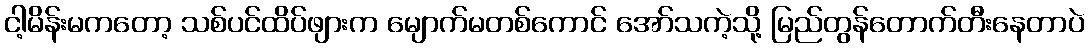
ငါ့မိန်းမကတော့ သစ်ပင်ထိပ်ဖျားက မျောက်မတစ်ကောင် အော်သကဲ့သို့ မြည်တွန်တောက်တီးနေတာပဲ